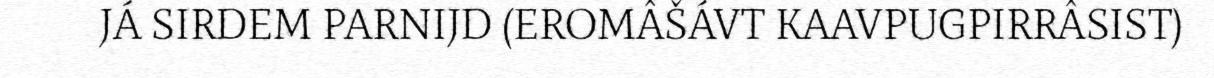
JÁ SIRDEM PARNIJD (EROMÂŠÁVT KAAVPUGPIRRÂSIST)